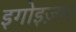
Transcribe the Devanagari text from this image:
इगोइज़म